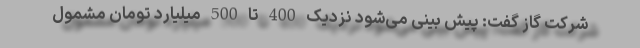
شرکت گاز گفت: پیش بینی می‌شود نزدیک 400 تا 500 میلیارد تومان مشمول